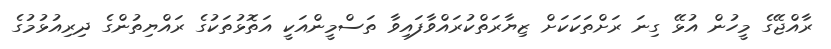
ރާއްޖޭގެ މީހުން އުޅޭ ގިނަ ރަށްތަކަކަށް ޒިޔާރަތްކުރައްވާފައިވާ ތަސްމީންއަކީ އަތޮޅުތަކުގެ ރައްޔިތުންގެ ދިރިއުޅުމުގެ